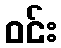
ဝင်း